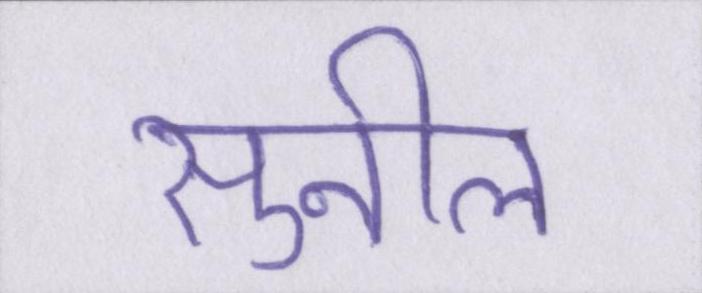
सुनील